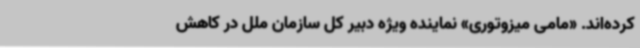
کرده‌اند. «مامی میزوتوری» نماینده ویژه دبیر کل سازمان ملل در کاهش